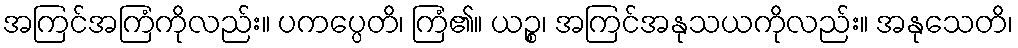
အကြင်အကြံကိုလည်း။ ပကပ္ပေတိ၊ ကြံ၏။ ယဉ္စ၊ အကြင်အနုသယကိုလည်း။ အနုသေတိ၊